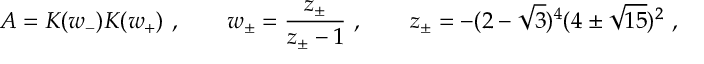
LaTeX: A = K ( w _ { - } ) K ( w _ { + } ) \ , \qquad w _ { \pm } = \frac { z _ { \pm } } { z _ { \pm } - 1 } \ , \qquad z _ { \pm } = - ( 2 - \sqrt { 3 } ) ^ { 4 } ( 4 \pm \sqrt { 1 5 } ) ^ { 2 } \ ,